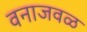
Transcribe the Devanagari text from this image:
वनाजवळ